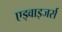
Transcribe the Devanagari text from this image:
एड्वाइजर्स